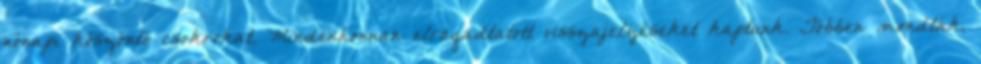
nőnapi köszöntő csokrokat. Mindenhonnan elragadtatott visszajelzéseket kaptunk. Többen mondták,